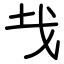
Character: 𢦏